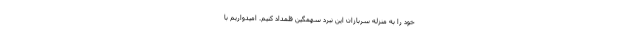
خود را به منزله سربازان این نبرد سهمگین قلمداد کنیم. امیدواریم با